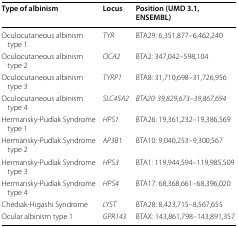
| Type of albinism | Locus | Position (UMD 3.1, ENSEMBL) |
 | --- | --- | --- |
 | Oculocutaneous albinism type 1 | TYR | BTA29: 6,351,877–6,462,240 |
 | Oculocutaneous albinism type 2 | OCA2 | BTA2: 347,042–598,104 |
 | Oculocutaneous albinism type 3 | TYRP1 | BTA8: 31,710,698–31,726,956 |
 | Oculocutaneous albinism type 4 | SLC45A2 | BTA20: 39,829,673–39,867,694 |
 | Hermansky-Pudlak Syndrome type 1 | HPS1 | BTA26: 19,361,232–19,386,569 |
 | Hermansky-Pudlak Syndrome type 2 | AP3B1 | BTA10: 9,040,253–9,300,567 |
 | Hermansky-Pudlak Syndrome type 3 | HPS3 | BTA1: 119,944,594–119,985,509 |
 | Hermansky-Pudlak Syndrome type 4 | HPS4 | BTA17: 68,368,661–68,396,020 |
 | Chediak-Higashi Syndrome | LYST | BTA28: 8,423,715–8,567,655 |
 | Ocular albinism type 1 | GPR143 | BTAX: 143,861,798–143,891,357 |